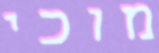
מוכי